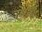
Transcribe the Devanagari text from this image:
लंघी